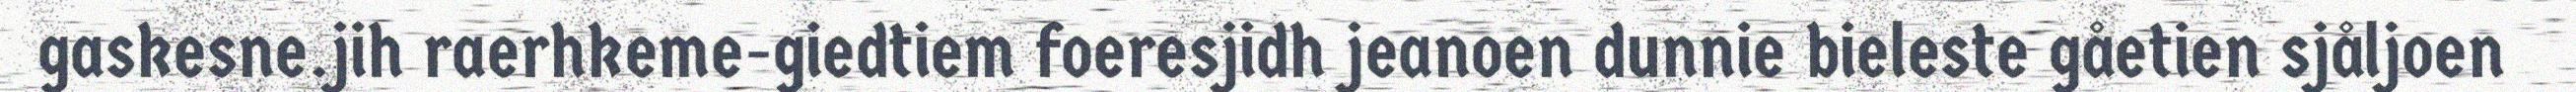
gaskesne.jih raerhkeme-giedtiem foeresjidh jeanoen dunnie bieleste gåetien sjåljoen